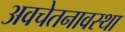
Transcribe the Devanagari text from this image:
अवचेतनावस्था